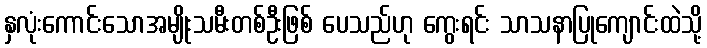
နှလုံးကောင်းသောအမျိုးသမီးတစ်ဦးဖြစ် ပေသည်ဟု ကွေးရင်း သာသနာပြုကျောင်းထဲသို့